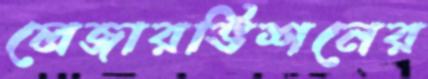
লেজারভিশনের